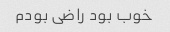
خوب بود راضی بودم